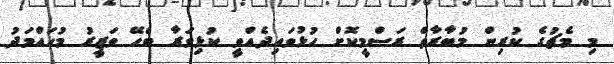
މި މެޗުގެ ކުރިން މުބާރާތް ރަސްމީކޮށް ހުޅުވައިދެއްވީ ކުޅިވަރާ ބެހޭ ވަޒީރު މުހައްމަދު